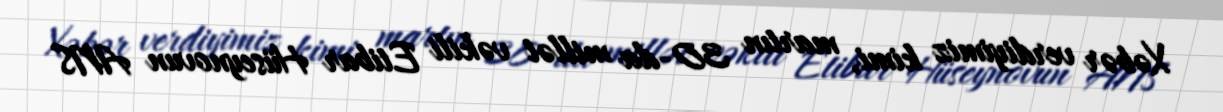
Xəbər verdiyimiz kimi, martın 30-da millət vəkili Etibar Hüseynovun ANS